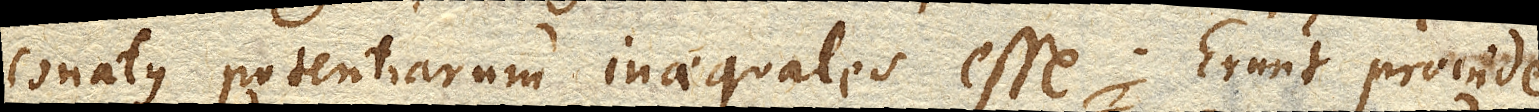
conatus potentiarum inaequales esse. Erunt proinde